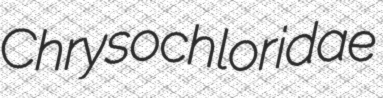
Chrysochloridae